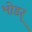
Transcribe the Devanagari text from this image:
भोडर्